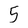
Character: 5